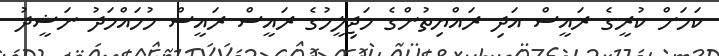
ކަމަށް ކުރީގެ ރައީސް އަދި ރައްޔިތުންގެ މަޖިލީހުގެ ރައީސް ރައީސް މުހައްމަދު ނަޝީދު